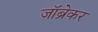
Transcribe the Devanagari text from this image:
जॉब्रेकर